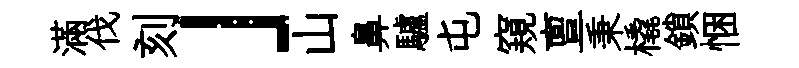
滿伐刻」山鼻驢屯窺亶秉橇鎖悃